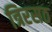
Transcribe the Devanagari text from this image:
त्रिरसठ